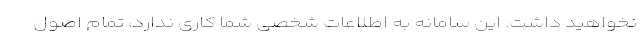
نخواهید داشت. این سامانه به اطلاعات شخصی شما کاری ندارد، تمام اصول